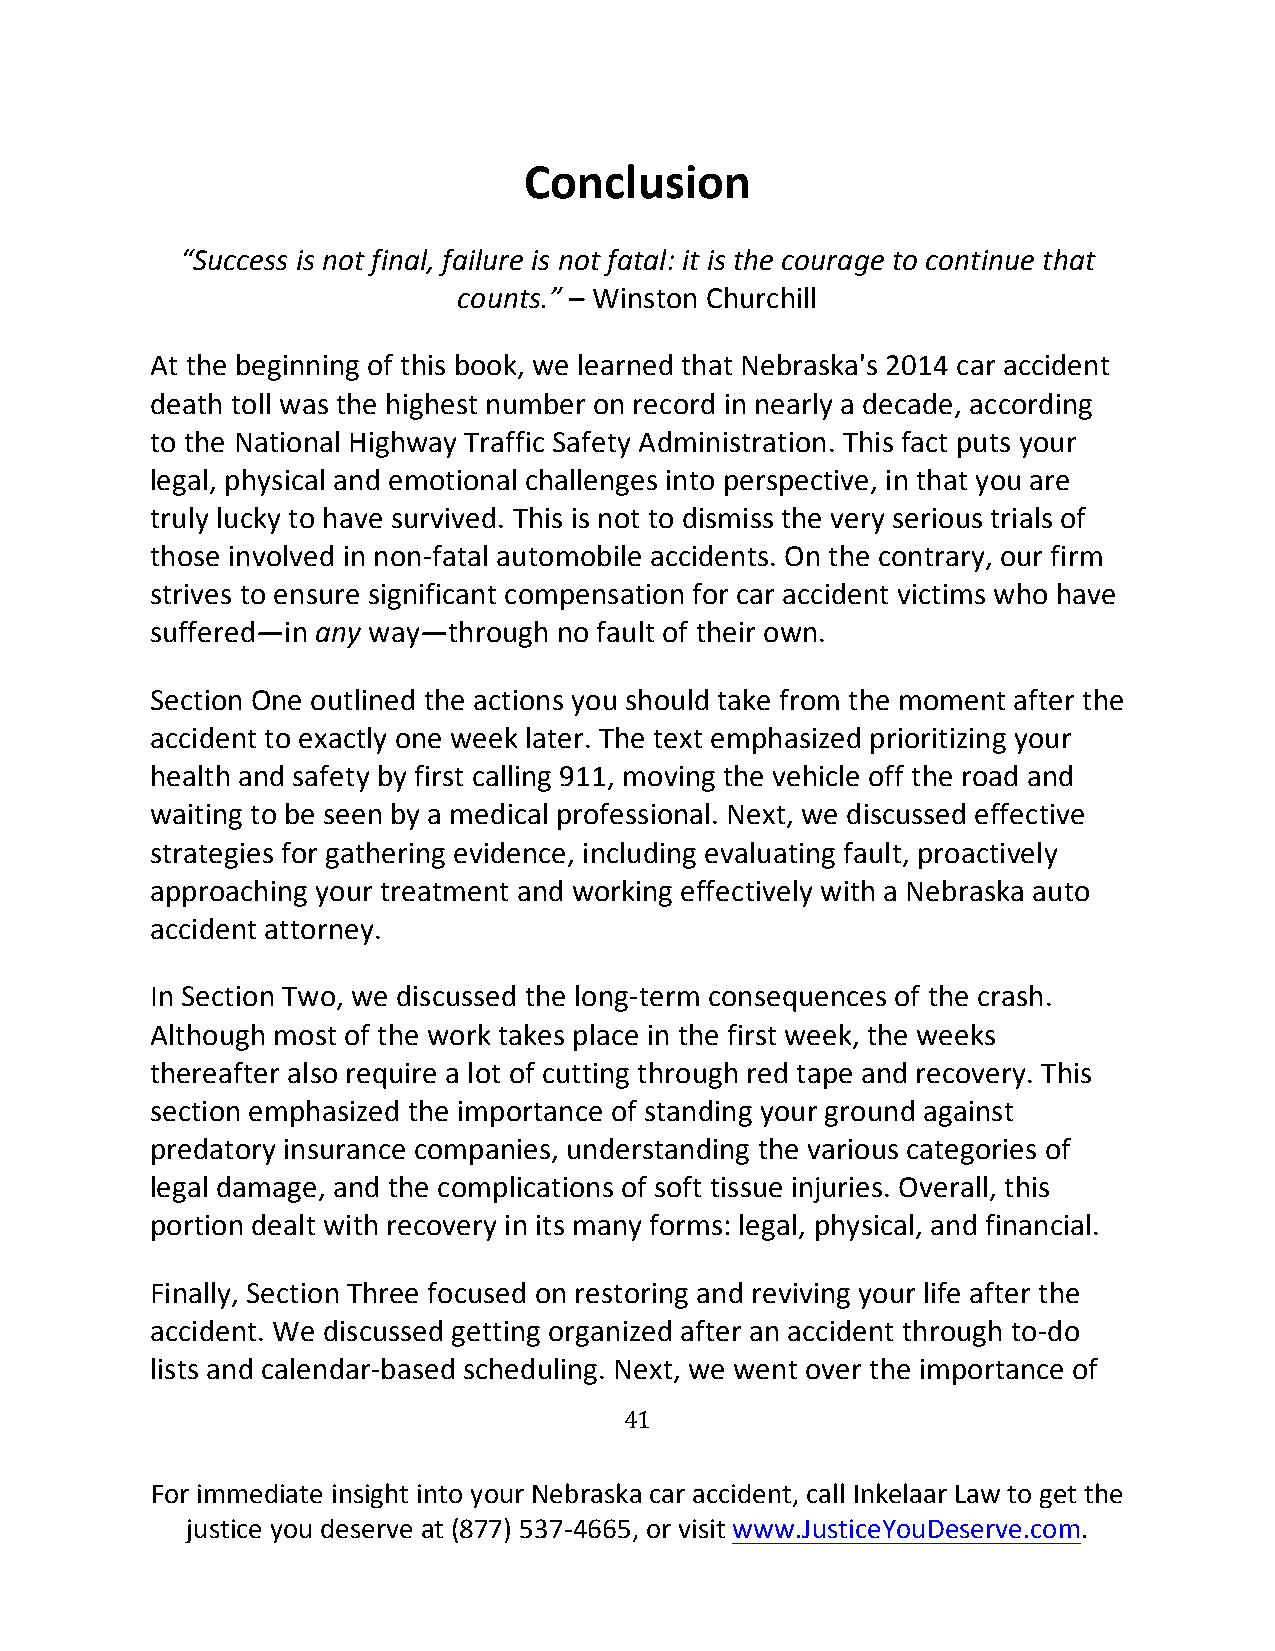
Conclusion
 “Success is not final, failure is not fatal: it is the courage to continue that
 counts.” – Winston Churchill
 At the beginning of this book, we learned that Nebraska's 2014 car accident
 death toll was the highest number on record in nearly a decade, according
 to the National Highway Traffic Safety Administration. This fact puts your
 legal, physical and emotional challenges into perspective, in that you are
 truly lucky to have survived. This is not to dismiss the very serious trials of
 those involved in non-fatal automobile accidents. On the contrary, our firm
 strives to ensure significant compensation for car accident victims who have
 suffered—in any way—through no fault of their own.
 Section One outlined the actions you should take from the moment after the
 accident to exactly one week later. The text emphasized prioritizing your
 health and safety by first calling 911, moving the vehicle off the road and
 waiting to be seen by a medical professional. Next, we discussed effective
 strategies for gathering evidence, including evaluating fault, proactively
 approaching your treatment and working effectively with a Nebraska auto
 accident attorney.
 In Section Two, we discussed the long-term consequences of the crash.
 Although most of the work takes place in the first week, the weeks
 thereafter also require a lot of cutting through red tape and recovery. This
 section emphasized the importance of standing your ground against
 predatory insurance companies, understanding the various categories of
 legal damage, and the complications of soft tissue injuries. Overall, this
 portion dealt with recovery in its many forms: legal, physical, and financial.
 Finally, Section Three focused on restoring and reviving your life after the
 accident. We discussed getting organized after an accident through to-do
 lists and calendar-based scheduling. Next, we went over the importance of
 41
 For immediate insight into your Nebraska car accident, call Inkelaar Law to get the
 justice you deserve at (877) 537-4665, or visit www.JusticeYouDeserve.com.